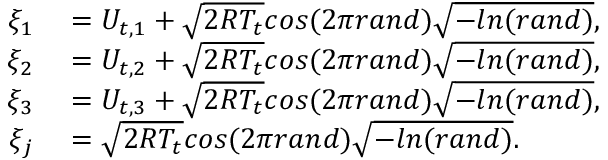
\begin{array} { r l } { \xi _ { 1 } } & { { } = U _ { t , 1 } + \sqrt { 2 R T _ { t } } c o s ( 2 \pi r a n d ) \sqrt { - l n ( r a n d ) } , } \\ { \xi _ { 2 } } & { { } = U _ { t , 2 } + \sqrt { 2 R T _ { t } } c o s ( 2 \pi r a n d ) \sqrt { - l n ( r a n d ) } , } \\ { \xi _ { 3 } } & { { } = U _ { t , 3 } + \sqrt { 2 R T _ { t } } c o s ( 2 \pi r a n d ) \sqrt { - l n ( r a n d ) } , } \\ { \xi _ { j } } & { { } = \sqrt { 2 R T _ { t } } c o s ( 2 \pi r a n d ) \sqrt { - l n ( r a n d ) } . } \end{array}